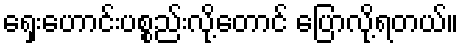
ရှေးဟောင်းပစ္စည်းလို့တောင် ပြောလို့ရတယ်။